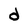
Character: d